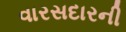
વારસદારની